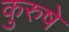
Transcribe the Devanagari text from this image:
कुरुषे